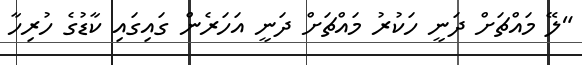
"ލޭ މައްޗަށް ދަނީ ހަކުރު މައްޗަށް ދަނީ އަހަރެން ގައިގައި ކާޑުގެ ހުރިހާ